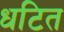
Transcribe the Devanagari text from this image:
धटित